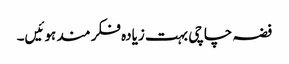
فضہ چاچی بہت زیادہ فکر مند ہوئیں۔